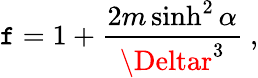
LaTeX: \mathtt{f}=1+\frac{{2m\sinh^{2}\alpha}}{{\Deltar^{3}}}\ ,